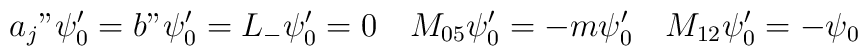
a_j"\psi_0'=b"\psi_0'=L_-\psi_0'=0\quad M_{05}\psi_0'=-m\psi_0'\quad M_{12}\psi_0'=-\psi_0